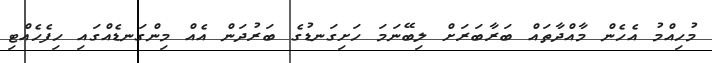
މުހިއްމު އެހެން މާއްދާތައް ބަރާބަރަށް ލިބޭނަމަ ހަށިގަނޑުގެ ބަރުދަން އެއް މިންގަނޑެއްގައި ހިފެހެއްޓި